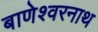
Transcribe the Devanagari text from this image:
बाणेश्वरनाथ